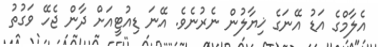
އެލާމްގެ އަޑު އޭނަގެ ޚިޔާލުން ނެރުނެވެ. އޭނަ ޑިއުޓީއަށް ދާން ޖެހޭ ވަގުތު